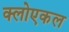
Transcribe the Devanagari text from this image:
क्लोएकल